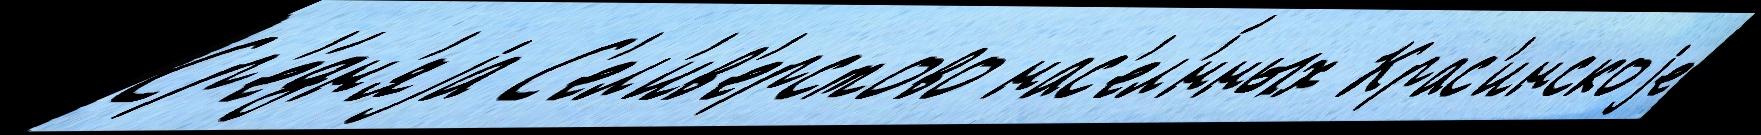
Ср'е́дн'яjа С'ел'ив'ерстово нас'ел'́нных Крас'инскоjе